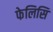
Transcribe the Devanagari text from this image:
फेलिसि